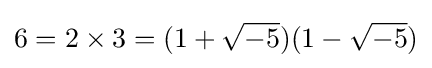
6=2\times 3=(1+{\sqrt {-5}})(1-{\sqrt {-5}})